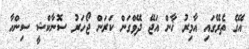
އޭގެ ތެރޭގައި އާމިރު ޚާން އަޖޭ ދޭވްގަން ކަރަން ޖޯހަރު ސޮނާކްޝީ ސިންހާ